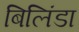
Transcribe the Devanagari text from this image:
बिलिंडा